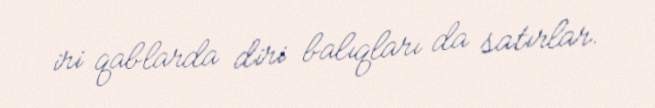
iri qablarda diri balıqları da satırlar.